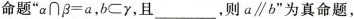
命题”a∩β=a，bCy，且，则 $$a//b^{\prime}$$ ”为真命题，